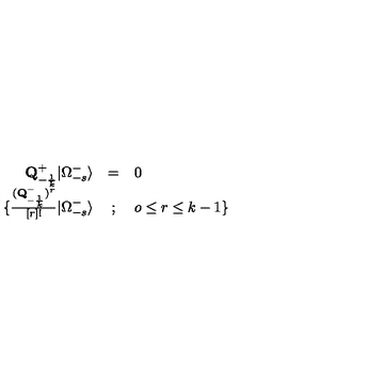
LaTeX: \begin{array} { r c l } { { \bf { Q } } _ { - { \frac { 1 } { k } } } ^ { + } \vert \Omega _ { - s } ^ { - } \rangle } & { = } & { 0 } \\ { \{ { \frac { ( { \bf { Q } } _ { - { \frac { 1 } { k } } } ^ { - } ) ^ { r } } { [ r ] ! } } \vert \Omega _ { - s } ^ { - } \rangle } & { ; } & { o \le r \le k - 1 \} } \\ \end{array}